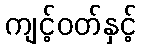
ကျင့်ဝတ်နှင့်